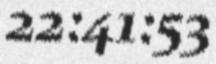
22:41:53